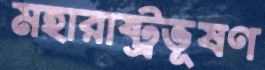
মহারাষ্ট্রভূষণ